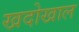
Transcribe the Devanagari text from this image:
खदोखाल